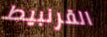
القرنبيط